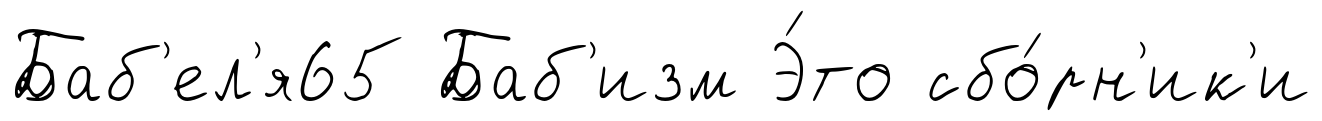
Баб'ел'я65 Баб'изм Э́то сбо́рн'ик'и